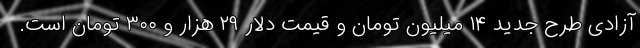
آزادی طرح جدید ۱۴ میلیون تومان و قیمت دلار ۲۹ هزار و ۳۰۰ تومان است.